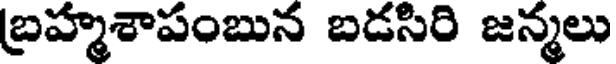
బ్రహ్మశాపంబున బడసిరి జన్మలు